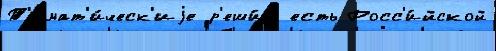
Т'емат'и́ческ'иjе р'еши́л есть Росс'и́йской